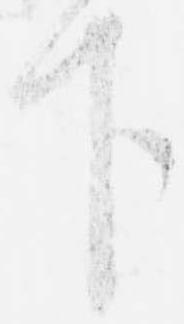
下